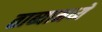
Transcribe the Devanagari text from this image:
ताब्यामध्ये